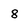
Character: 8